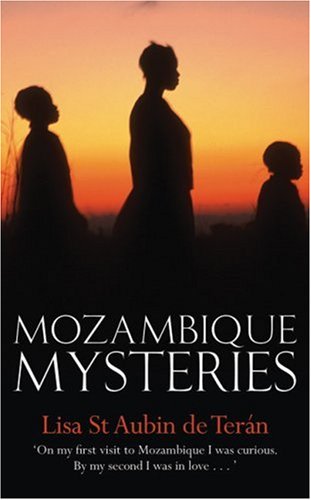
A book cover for Mozambique Mysteries; Lisa St Aubin de Teran; Travel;